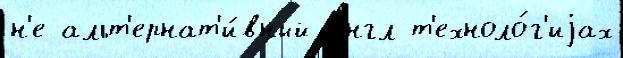
н'е альт'ернат'и́вный англ т'ехноло́г'иjах